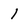
Character: I